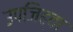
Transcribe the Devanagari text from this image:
उपजिह्वा